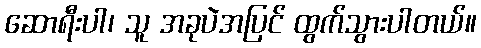
ဆောရီးပါ၊ သူ အခုပဲအပြင် ထွက်သွားပါတယ်။